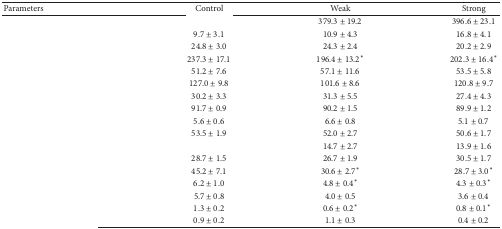
<table><thead><tr><td><b>Parameters</b></td><td><b>Control </b></td><td><b>Weak</b></td><td><b>Strong</b></td></tr></thead><tbody><tr><td>[EMPTY_CELL]</td><td>[EMPTY_CELL]</td><td>379.3 ± 19.2</td><td>396.6 ± 23.1</td></tr><tr><td>[EMPTY_CELL]</td><td>9.7 ± 3.1</td><td>10.9 ± 4.3</td><td>16.8 ± 4.1</td></tr><tr><td>[EMPTY_CELL]</td><td>24.8 ± 3.0</td><td>24.3 ± 2.4</td><td>20.2 ± 2.9</td></tr><tr><td>[EMPTY_CELL]</td><td>237.3 ± 17.1</td><td>196.4 ± 13.2*</td><td>202.3 ± 16.4*</td></tr><tr><td>[EMPTY_CELL]</td><td>51.2 ± 7.6</td><td>57.1 ± 11.6</td><td>53.5 ± 5.8</td></tr><tr><td>[EMPTY_CELL]</td><td>127.0 ± 9.8</td><td>101.6 ± 8.6</td><td>120.8 ± 9.7</td></tr><tr><td>[EMPTY_CELL]</td><td>30.2 ± 3.3</td><td>31.3 ± 5.5</td><td>27.4 ± 4.3</td></tr><tr><td>[EMPTY_CELL]</td><td>91.7 ± 0.9</td><td>90.2 ± 1.5</td><td>89.9 ± 1.2</td></tr><tr><td>[EMPTY_CELL]</td><td>5.6 ± 0.6</td><td>6.6 ± 0.8</td><td>5.1 ± 0.7</td></tr><tr><td>[EMPTY_CELL]</td><td>53.5 ± 1.9</td><td>52.0 ± 2.7</td><td>50.6 ± 1.7</td></tr><tr><td>[EMPTY_CELL]</td><td>[EMPTY_CELL]</td><td>14.7 ± 2.7</td><td>13.9 ± 1.6</td></tr><tr><td>[EMPTY_CELL]</td><td>28.7 ± 1.5</td><td>26.7 ± 1.9</td><td>30.5 ± 1.7</td></tr><tr><td>[EMPTY_CELL]</td><td>45.2 ± 7.1</td><td>30.6 ± 2.7*</td><td>28.7 ± 3.0*</td></tr><tr><td>[EMPTY_CELL]</td><td>6.2 ± 1.0</td><td>4.8 ± 0.4*</td><td>4.3 ± 0.3*</td></tr><tr><td>[EMPTY_CELL]</td><td>5.7 ± 0.8</td><td>4.0 ± 0.5</td><td>3.6 ± 0.4</td></tr><tr><td>[EMPTY_CELL]</td><td>1.3 ± 0.2</td><td>0.6 ± 0.2*</td><td>0.8 ± 0.1*</td></tr><tr><td>[EMPTY_CELL]</td><td>0.9 ± 0.2</td><td>1.1 ± 0.3</td><td>0.4 ± 0.2</td></tr></tbody></table>